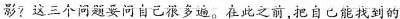
影？这三个问题要问自己很多遍。在此之前,把自已能找到